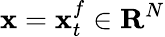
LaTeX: \mathbf{x}=\mathbf{{\mathbf{x}}}_{t}^{f}\in\mathbf{{R}}^{N}